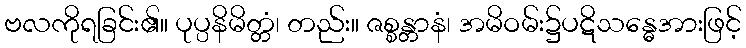
ဗလကိုရခြင်း၏။ ပုပ္ပနိမိတ္တံ၊ တည်း။ ဇစ္စန္တာနံ၊ အမိဝမ်း၌ပဋိသန္ဓေအားဖြင့်